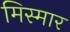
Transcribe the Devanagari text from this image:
मिस्मार